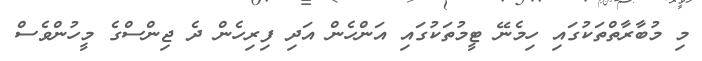
މި މުބާރާތްތަކުގައި ހިމެނޭ ޓީމުތަކުގައި އަންހެން އަދި ފިރިހެން ދެ ޖިންސްގެ މީހުންވެސް